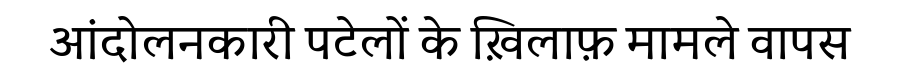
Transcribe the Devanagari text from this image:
आंदोलनकारी पटेलों के ख़िलाफ़ मामले वापस